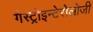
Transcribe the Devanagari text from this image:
गैस्ट्रोइन्टेरोलोजी